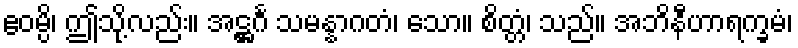
ဧဝမ္ပိ၊ ဤသို့လည်း။ အဋ္ဌင်္ဂ သမန္နာဂတံ၊ သော။ စိတ္တံ၊ သည်။ အဘိနီဟာရက္ခမံ၊